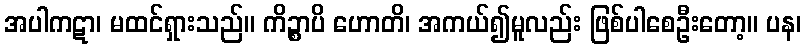
အပါကဋာ၊ မထင်ရှားသည်။ ကိဉ္စာပိ ဟောတိ၊ အကယ်၍မူလည်း ဖြစ်ပါစေဦးတော့။ ပန၊